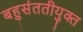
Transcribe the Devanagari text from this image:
बहुसंततीयुक्त